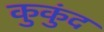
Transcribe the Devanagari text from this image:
कुकुंद